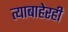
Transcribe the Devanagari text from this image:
त्याबाहेरही